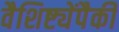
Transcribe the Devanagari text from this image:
वैशिष्ट्येंपैकी